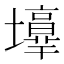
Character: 𡓑